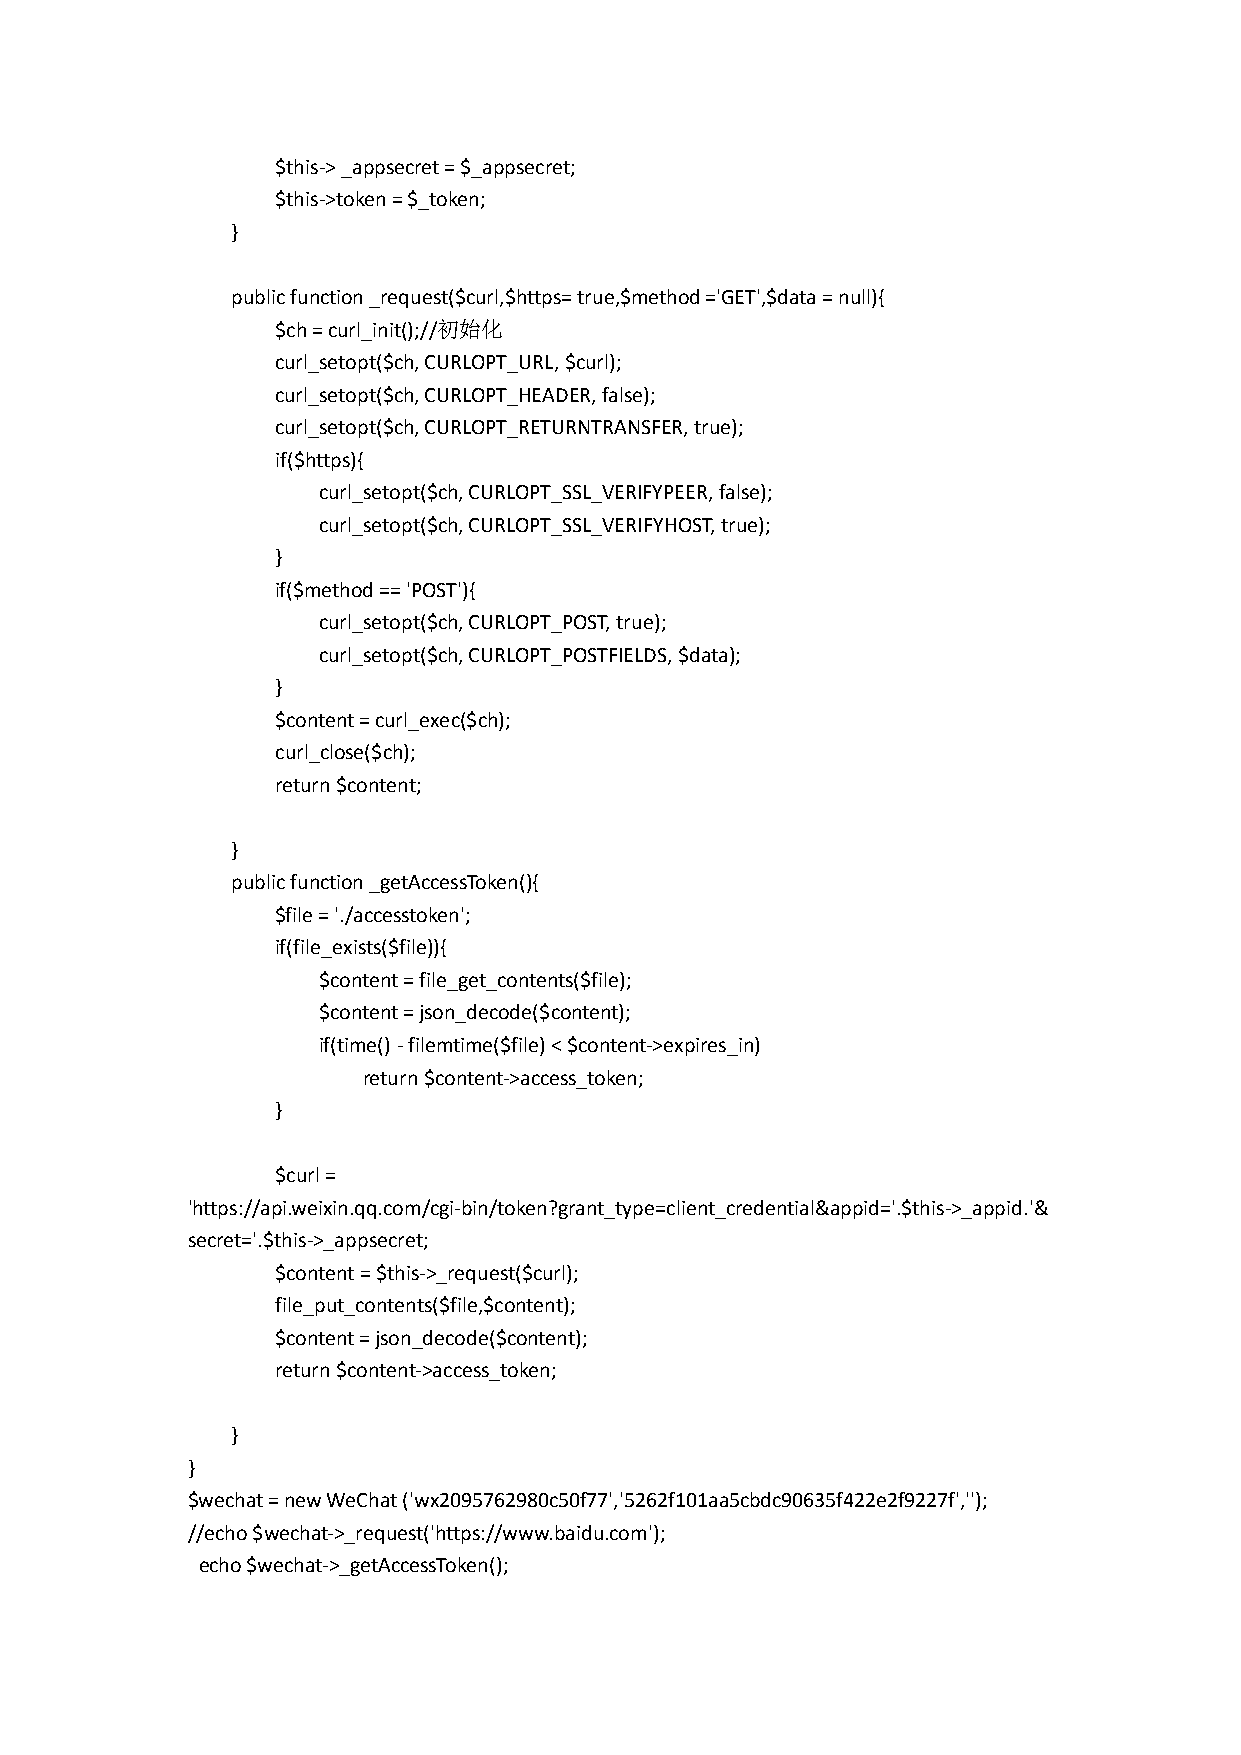
$this-> _appsecret = $_appsecret;
 $this->token = $_token;
 }
 public function _request($curl,$https= true,$method ='GET',$data = null){
 $ch = curl_init();//初始化
 curl_setopt($ch, CURLOPT_URL, $curl);
 curl_setopt($ch, CURLOPT_HEADER, false);
 curl_setopt($ch, CURLOPT_RETURNTRANSFER, true);
 if($https){
 curl_setopt($ch, CURLOPT_SSL_VERIFYPEER, false);
 curl_setopt($ch, CURLOPT_SSL_VERIFYHOST, true);
 }
 if($method == 'POST'){
 curl_setopt($ch, CURLOPT_POST, true);
 curl_setopt($ch, CURLOPT_POSTFIELDS, $data);
 }
 $content = curl_exec($ch);
 curl_close($ch);
 return $content;
 }
 public function _getAccessToken(){
 $file = './accesstoken';
 if(file_exists($file)){
 $content = file_get_contents($file);
 $content = json_decode($content);
 if(time() - filemtime($file) < $content->expires_in)
 return $content->access_token;
 }
 $curl =
 'https://api.weixin.qq.com/cgi-bin/token?grant_type=client_credential&appid='.$this->_appid.'&
 secret='.$this->_appsecret;
 $content = $this->_request($curl);
 file_put_contents($file,$content);
 $content = json_decode($content);
 return $content->access_token;
 }
 }
 $wechat = new WeChat ('wx2095762980c50f77','5262f101aa5cbdc90635f422e2f9227f','');
 //echo $wechat->_request('https://www.baidu.com');
 echo $wechat->_getAccessToken();